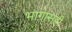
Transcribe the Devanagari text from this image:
भागासही